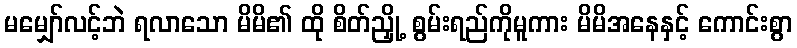
မမျှော်လင့်ဘဲ ရလာသော မိမိ၏ ထို စိတ်ညှို့ စွမ်းရည်ကိုမူကား မိမိအနေနှင့် ကောင်းစွာ